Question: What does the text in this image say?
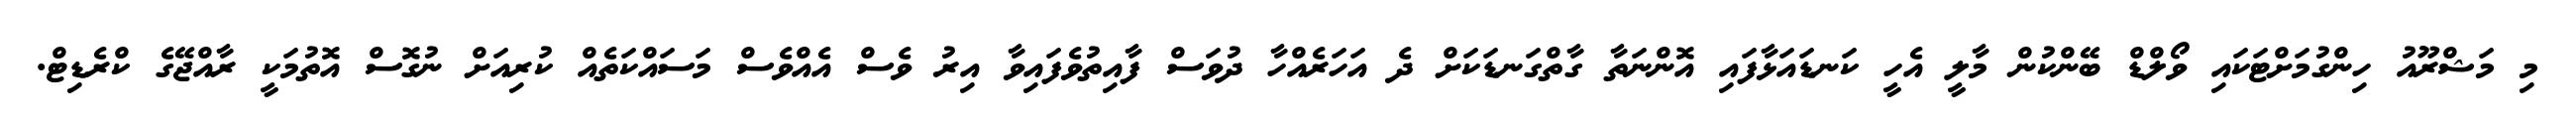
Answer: މި މަޝްރޫއު ހިންގުމަށްޓަކައި ވޯލްޑް ބޭންކުން މާލީ އެހީ ކަނޑައަޅާފައި އޮންނަތާ ގާތްގަނޑަކަށް ދެ އަހަރެއްހާ ދުވަސް ފާއިތުވެފައިވާ އިރު ވެސް އެއްވެސް މަސައްކަތެއް ކުރިއަށް ނުގޮސް އޮތުމަކީ ރާއްޖޭގެ ކްރެޑިޓް.